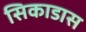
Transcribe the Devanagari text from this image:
सिकाडास